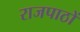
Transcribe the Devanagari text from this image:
राजपाठों